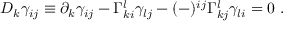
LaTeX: D _ { k } \gamma _ { i j } \equiv \partial _ { k } \gamma _ { i j } - \Gamma _ { k i } ^ { l } \gamma _ { l j } - ( - ) ^ { i j } \Gamma _ { k j } ^ { l } \gamma _ { l i } = 0 \ .